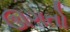
ઊગતો